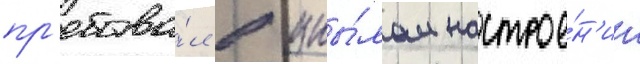
пр'ебыва́л в уны́лом настрое́н'ии